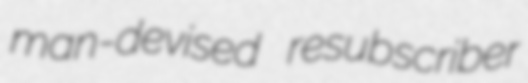
man-devised resubscriber